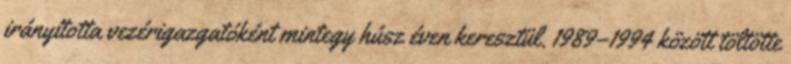
irányította vezérigazgatóként mintegy húsz éven keresztül. 1989–1994 között töltötte